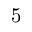
5